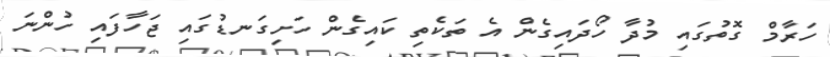
ހަރާމް ގޮތުގައި މުދާ ހޯދައިގެން އެ ތަކެތި ކައިގެން ހަށިގަނޑުގައި ޖަހާފައި ހުންނަ